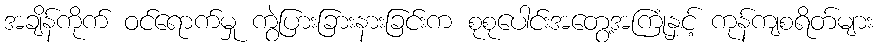
အချိန်ကိုက် ဝင်ရောက်မှု ကွဲပြားခြားနားခြင်းက စုစုပေါင်းအတွေ့အကြုံနှင့် ကုန်ကျစရိတ်များ